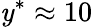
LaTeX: \mathit{y}^{*}\approx10